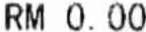
RM 0.00